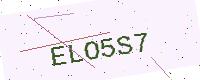
Text: ELO5S7